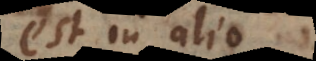
est in alio